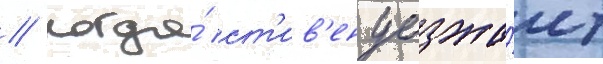
// Когда́ ст'ив'ен уезжа́ет